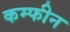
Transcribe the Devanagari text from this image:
कम्फीन